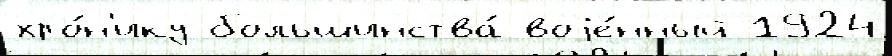
хро́н'ику большинства́ воjе́нный 1924